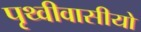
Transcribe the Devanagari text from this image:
पृथ्वीवासीयो